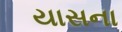
યાસના